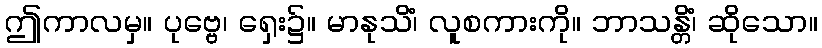
ဤကာလမှ။ ပုဗ္ဗေ၊ ရှေး၌။ မာနုသိံ၊ လူစကားကို။ ဘာသန္တိံ၊ ဆိုသော။